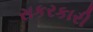
સકરકારી